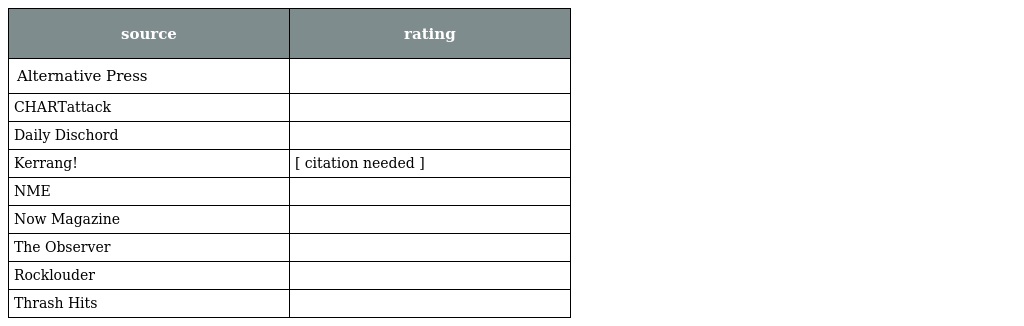
| source | rating |
 | --- | --- |
 | Alternative Press |  |
 | CHARTattack |  |
 | Daily Dischord |  |
 | Kerrang! | [ citation needed ] |
 | NME |  |
 | Now Magazine |  |
 | The Observer |  |
 | Rocklouder |  |
 | Thrash Hits |  |